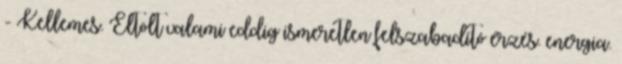
- Kellemes. Eltölt valami eddig ismeretlen felszabadító érzés. energia.